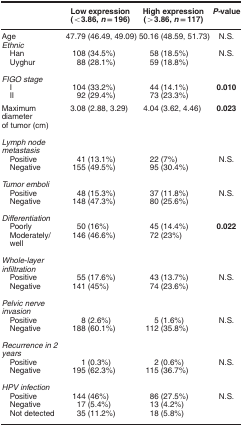
|  | Low expression(<3.86, n=196) | High expression(>3.86, n=117) | P-value |
 | --- | --- | --- | --- |
 | Age | 47.79 (46.49, 49.09) | 50.16 (48.59, 51.73) | N.S. |
 | Ethnic |  |  |  |
 | Han | 108 (34.5%) | 58 (18.5%) | N.S. |
 | Uyghur | 88 (28.1%) | 59 (18.8%) |  |
 |  |  |  |  |
 | FIGO stage |  |  |  |
 | I | 104 (33.2%) | 44 (14.1%) | 0.010 |
 | II | 92 (29.4%) | 73 (23.3%) |  |
 | Maximum diameter of tumor (cm) | 3.08 (2.88, 3.29) | 4.04 (3.62, 4.46) | 0.023 |
 |  |  |  |  |
 | Lymph node metastasis |  |  |  |
 | Positive | 41 (13.1%) | 22 (7%) | N.S. |
 | Negative | 155 (49.5%) | 95 (30.4%) |  |
 |  |  |  |  |
 | Tumor emboli |  |  |  |
 | Positive | 48 (15.3%) | 37 (11.8%) | N.S. |
 | Negative | 148 (47.3%) | 80 (25.6%) |  |
 |  |  |  |  |
 | Differentiation |  |  |  |
 | Poorly | 50 (16%) | 45 (14.4%) | 0.022 |
 | Moderately/well | 146 (46.6%) | 72 (23%) |  |
 |  |  |  |  |
 | Whole-layer infiltration |  |  |  |
 | Positive | 55 (17.6%) | 43 (13.7%) | N.S. |
 | Negative | 141 (45%) | 74 (23.6%) |  |
 |  |  |  |  |
 | Pelvic nerve invasion |  |  |  |
 | Positive | 8 (2.6%) | 5 (1.6%) | N.S. |
 | Negative | 188 (60.1%) | 112 (35.8%) |  |
 |  |  |  |  |
 | Recurrence in 2 years |  |  |  |
 | Positive | 1 (0.3%) | 2 (0.6%) | N.S. |
 | Negative | 195 (62.3%) | 115 (36.7%) |  |
 |  |  |  |  |
 | HPV infection |  |  |  |
 | Positive | 144 (46%) | 86 (27.5%) | N.S. |
 | Negative | 17 (5.4%) | 13 (4.2%) |  |
 | Not detected | 35 (11.2%) | 18 (5.8%) |  |